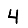
Digit: 4